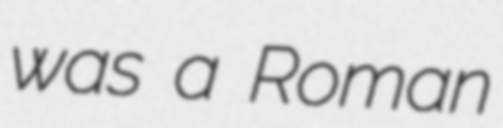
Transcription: was a Roman